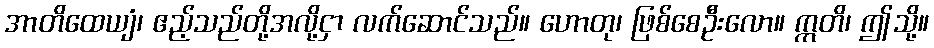
အာတိထေယျံ၊ ဧည့်သည်တို့အလို့ငှာ လက်ဆောင်သည်။ ဟောတု၊ ဖြစ်စေဦးလော။ ဣတိ၊ ဤသို့။